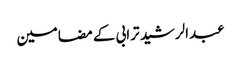
عبدالرشید ترابی کے مضامین